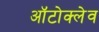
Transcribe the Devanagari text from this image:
ऑटोक्‍लेव